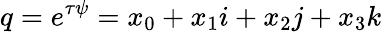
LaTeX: q=e^{\tau\psi}=x_{0}+x_{1}i+x_{2}j+x_{3}k